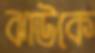
ঝাউকে